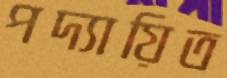
পদ্যায়িত